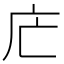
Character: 𢇜